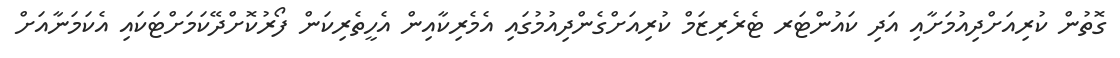
ގޮތުން ކުރިއަށްދިއުމަށާއި އަދި ކައުންޓަރ ޓެރެރިޒަމް ކުރިއަށްގެންދިއުމުގައި އެމެރިކާއިން އެހީތެރިކަން ފޯރުކޮށްދޭކަމަށްޓަކައި އެކަމަނާއަށް